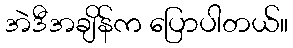
အဲဒီအချိန်က ပြောပါတယ်။